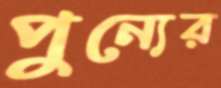
পুন্যের